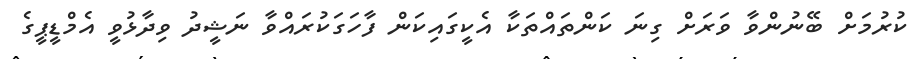
ކުރުމަށް ބޭނުންވާ ވަރަށް ގިނަ ކަންތައްތަކާ އެކީގައިކަން ފާހަގަކުރައްވާ ނަޝީދު ވިދާޅުވީ އެމްޑީޕީގެ